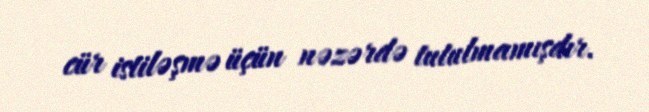
cür istiləşmə üçün nəzərdə tutulmamışdır.